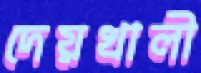
দেয়খালী